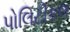
પોલિટીકલ